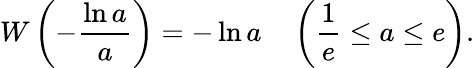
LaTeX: W\left(-{\frac{\ln a}{a}}\right)=-\ln a\quad\left({\frac{1}{e}}\leq a\leq e\right).